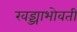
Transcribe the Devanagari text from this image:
खड्ड्याभोवती